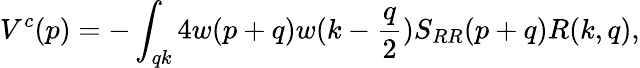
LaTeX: V^{c}(p)=-\int_{qk}4w(p+q)w(k-{\frac{q}{2}})S_{RR}(p+q)R(k,q),